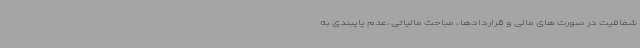
شفافیت در صورت های مالی و قراردادها ، مباحث مالیاتی ،عدم پایبندی به